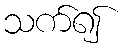
သက်၍